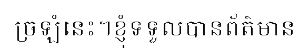
ច្រឡំនេះ។ខ្ញុំទទួលបានព័ត៌មាន